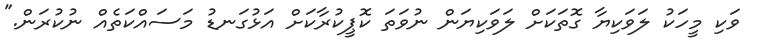
ވަކި މީހަކު ލަވަކިޔާ ގޮތަކަށް ލަވަކިޔަން ނުވަތަ ކޮޕީކުރާކަށް އަޅުގަނޑު މަސައްކަތެއް ނުކުރަން."